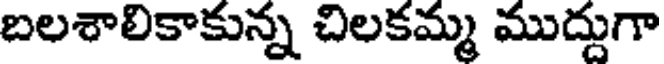
బలశాలికాకున్న చిలకమ్మ ముద్దుగా